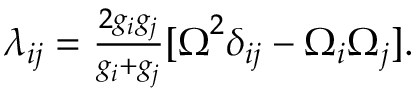
\begin{array} { r } { \lambda _ { i j } = \frac { 2 g _ { i } g _ { j } } { g _ { i } + g _ { j } } [ { \boldsymbol \Omega } ^ { 2 } \delta _ { i j } - \Omega _ { i } \Omega _ { j } ] . } \end{array}